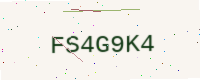
Text: FS4G9K4